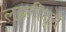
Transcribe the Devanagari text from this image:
लढतीतून